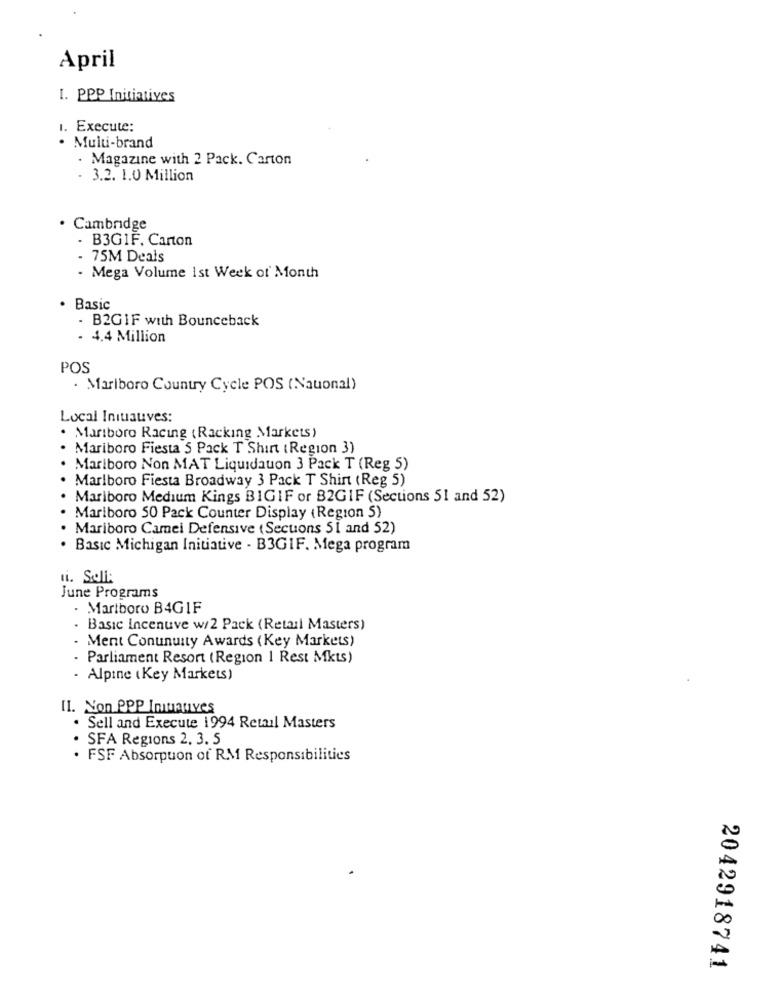
April
1. PPP Initiatives
1. Execute:
. Multi-brand
· Magazine with 2 Pack. Carton
- 3.2. 1.0 Million
Cambridge
- B3GIF, Carton
. 75M Deals
- Mega Volume ist Week of Month
· Basic
- B2GIF with Bounceback
- 4.4 Million
POS
. Marlboro Country Cycle POS (Nauonal)
Local Initiatives:
. Mariboro Racing (Racking Markets)
Mariboro Fiesta 5 Pack T Shirt (Region 3)
Marlboro Non MAT Liquidauon 3 Pack T (Reg 5)
Marlboro Fiesta Broadway 3 Pack T Shirt (Reg 5)
. Mariboro Medium Kings BIGIF or B2GIF (Sections 51 and 52)
Marlboro 50 Pack Counter Display (Region S)
. Mariboro Camei Defensive (Sections 51 and 52)
· Basic Michigan Initiative - B3GIF. Mega program
ui. Slik
June Programs
· Martboro B4G1F
.Basic incenuve w/2 Pack (Retail Masters)
Ment Conunuity Awards (Key Markets)
· Parliament Resort (Region 1 Rest Mkts)
- Alpine (Key Markets)
II. Non PPP Initiatives
. Sell and Execute 1994 Retail Masters
. SFA Regions 2. 3. 5
· FSF Absorpuon of RM Responsibilities
20
-
2042918741